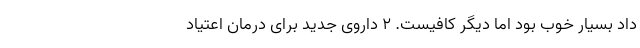
داد بسیار خوب بود اما دیگر کافیست. 2 داروی جدید برای درمان اعتیاد